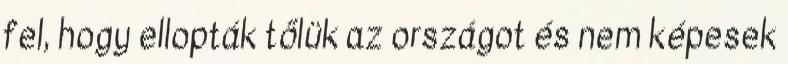
fel, hogy ellopták tőlük az országot és nem képesek